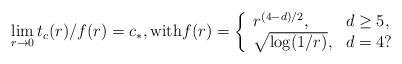
LaTeX: \begin{align*}\lim_{r\to 0}t_c(r)/f(r) = c_*,\mbox{with}f(r)=\left\{\begin{array}{ll}r^{(4-d)/2}, &d\geq 5,\\\sqrt{\log(1/r)}, &d=4?\end{array}\right.\end{align*}